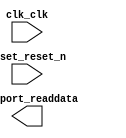

module aes_enc_core (
	clk_clk,
	reset_reset_n,
	q_export_readdata);	

	input		clk_clk;
	input		reset_reset_n;
	output	[63:0]	q_export_readdata;
endmodule